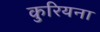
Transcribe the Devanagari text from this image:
कुरियना